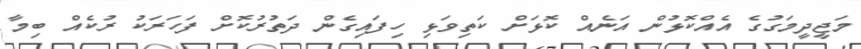
މަޖީދީމަގުގެ އެއްކޮޅުން އަނެއް ކޮޅަށް ކަތިވަޅި ހިފައިގެން ދަތުރުކޮށް ފަހަރަކު ރުކެއް ބިމާ